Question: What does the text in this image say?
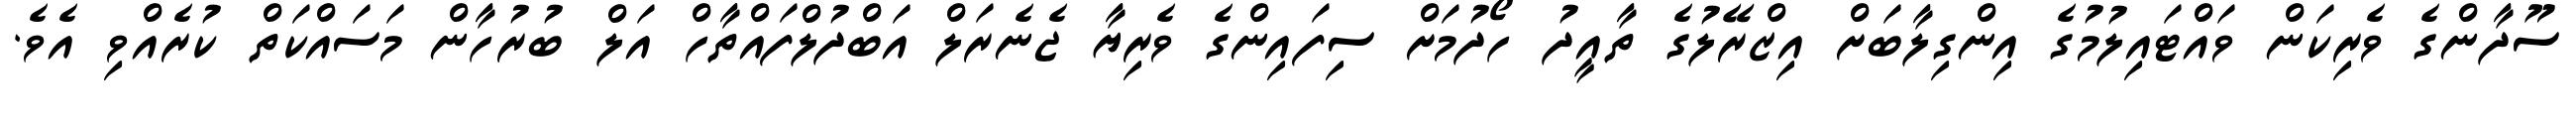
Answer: ސޫދާންގެ ވެރިކަން ވައްޓައިލުމުގެ އިންގިލާބަށް އިޒްރޭލުގެ ތާއީދު ހޯދުމަށް ސިފައިންގެ ވެރިޔާ ޖެނެރަލް އަބްދުލްފައްތާހް އަލް ބުރުހާން މަސައްކަތް ކުރެއްވި އެވެ.